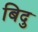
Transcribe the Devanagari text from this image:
बिदु